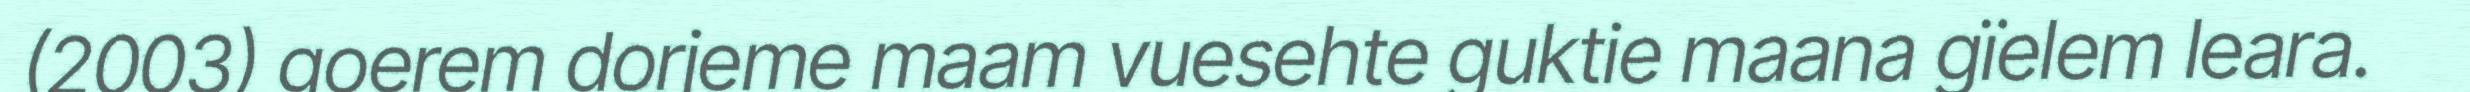
(2003) goerem dorjeme maam vuesehte guktie maana gïelem leara.